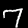
Label: 7